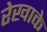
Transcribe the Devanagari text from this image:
रेखाके